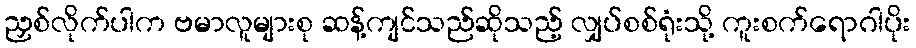
ညှစ်လိုက်ပါက ဗမာလူများစု ဆန့်ကျင်သည်ဆိုသည့် လျှပ်စစ်ရုံးသို့ ကူးစက်ရောဂါပိုး